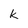
Character: k